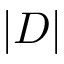
| D |